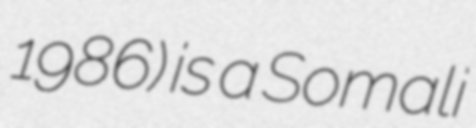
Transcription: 1986) is a Somali